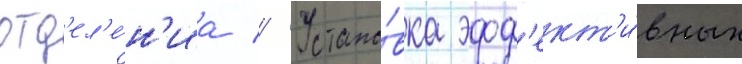
отд'ел'е́н'иа // Устано́вка эфф'ект'и́вных